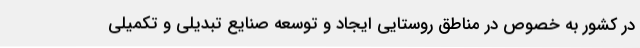
در کشور به خصوص در مناطق روستایی ایجاد و توسعه صنایع تبدیلی و تکمیلی